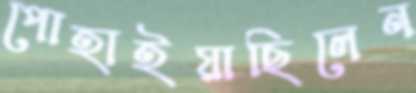
পোহাইয়াছিলেন